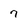
Character: 7